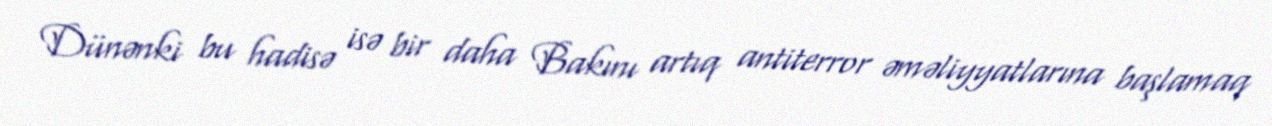
Dünənki bu hadisə isə bir daha Bakını artıq antiterror əməliyyatlarına başlamaq